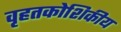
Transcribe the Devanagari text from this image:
वृहतकोशिकीय